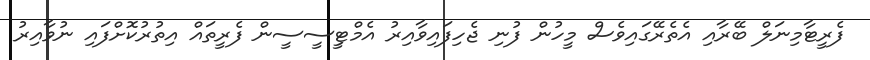
ފެރީޓާމިނަލް ބޭރާއި އެތެރޭގައިވެސް މީހުން ފުނި ޖެހިފައިވާއިރު އެމްޓިީސީސީން ފެރީތައް އިތުރުކޮށްފައި ނުވާއިރު